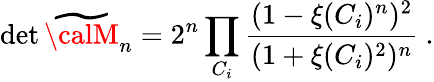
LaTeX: \operatorname*{d\mathrm{e}t}{\widetilde{{\calM}}_{n}}=2^{n}\prod_{C_{i}}{\frac{{(1-\xi(C_{i})^{n})^{2}}}{{(1+\xi(C_{i})^{2})^{n}}}}~.